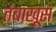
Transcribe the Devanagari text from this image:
तंबाखूस